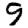
Digit: 9